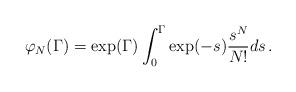
LaTeX: \begin{align*}\varphi_N(\Gamma)=\exp(\Gamma) \int_0^{\Gamma} \exp(-s) \frac{s^N}{N!} ds\,.\end{align*}